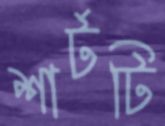
শার্টটি